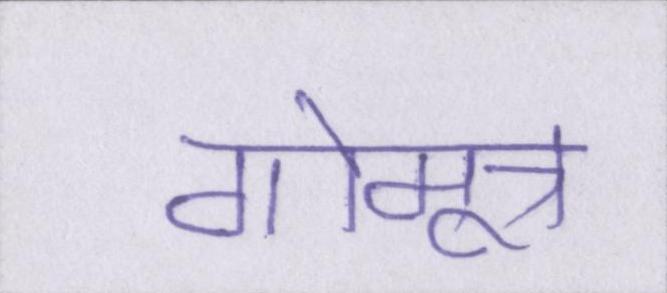
गोमूत्र